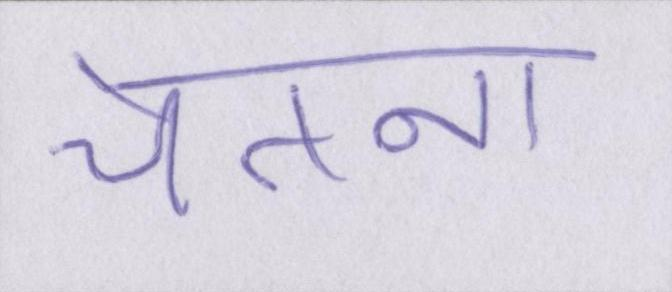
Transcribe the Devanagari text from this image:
चेतना